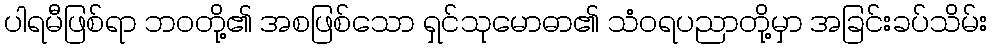
ပါရမီဖြစ်ရာ ဘဝတို့၏ အစဖြစ်သော ရှင်သုမောဓာ၏ သံဝရပညာတို့မှာ အခြင်းခပ်သိမ်း